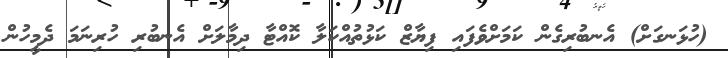
(ހުޅަނގަށް) އެނބުރިގެން ކަމަށްވެފައި ފިޔާޒް ކަޅުތުއްކަލާ ކޮއްޓާ ދިމާލަށް އެނބުރި ހުރިނަމަ ދެމީހުން